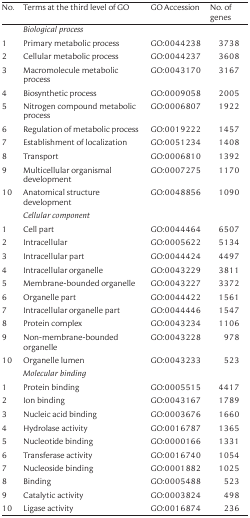
<table><thead><tr><td><b>No.</b></td><td><b>Terms at the third level of GO</b></td><td><b>GO Accession</b></td><td><b>No. of genes</b></td></tr></thead><tbody><tr><td></td><td><i>Biological process</i></td><td></td><td></td></tr><tr><td>1</td><td>Primary metabolic process</td><td>GO:0044238</td><td>3738</td></tr><tr><td>2</td><td>Cellular metabolic process</td><td>GO:0044237</td><td>3608</td></tr><tr><td>3</td><td>Macromolecule metabolic process</td><td>GO:0043170</td><td>3167</td></tr><tr><td>4</td><td>Biosynthetic process</td><td>GO:0009058</td><td>2005</td></tr><tr><td>5</td><td>Nitrogen compound metabolic process</td><td>GO:0006807</td><td>1922</td></tr><tr><td>6</td><td>Regulation of metabolic process</td><td>GO:0019222</td><td>1457</td></tr><tr><td>7</td><td>Establishment of localization</td><td>GO:0051234</td><td>1408</td></tr><tr><td>8</td><td>Transport</td><td>GO:0006810</td><td>1392</td></tr><tr><td>9</td><td>Multicellular organismal development</td><td>GO:0007275</td><td>1170</td></tr><tr><td>10</td><td>Anatomical structure development</td><td>GO:0048856</td><td>1090</td></tr><tr><td></td><td><i>Cellular component</i></td><td></td><td></td></tr><tr><td>1</td><td>Cell part</td><td>GO:0044464</td><td>6507</td></tr><tr><td>2</td><td>Intracellular</td><td>GO:0005622</td><td>5134</td></tr><tr><td>3</td><td>Intracellular part</td><td>GO:0044424</td><td>4497</td></tr><tr><td>4</td><td>Intracellular organelle</td><td>GO:0043229</td><td>3811</td></tr><tr><td>5</td><td>Membrane-bounded organelle</td><td>GO:0043227</td><td>3372</td></tr><tr><td>6</td><td>Organelle part</td><td>GO:0044422</td><td>1561</td></tr><tr><td>7</td><td>Intracellular organelle part</td><td>GO:0044446</td><td>1547</td></tr><tr><td>8</td><td>Protein complex</td><td>GO:0043234</td><td>1106</td></tr><tr><td>9</td><td>Non-membrane-bounded organelle</td><td>GO:0043228</td><td>978</td></tr><tr><td>10</td><td>Organelle lumen</td><td>GO:0043233</td><td>523</td></tr><tr><td></td><td><i>Molecular binding</i></td><td></td><td></td></tr><tr><td>1</td><td>Protein binding</td><td>GO:0005515</td><td>4417</td></tr><tr><td>2</td><td>Ion binding</td><td>GO:0043167</td><td>1789</td></tr><tr><td>3</td><td>Nucleic acid binding</td><td>GO:0003676</td><td>1660</td></tr><tr><td>4</td><td>Hydrolase activity</td><td>GO:0016787</td><td>1365</td></tr><tr><td>5</td><td>Nucleotide binding</td><td>GO:0000166</td><td>1331</td></tr><tr><td>6</td><td>Transferase activity</td><td>GO:0016740</td><td>1054</td></tr><tr><td>7</td><td>Nucleoside binding</td><td>GO:0001882</td><td>1025</td></tr><tr><td>8</td><td>Binding</td><td>GO:0005488</td><td>523</td></tr><tr><td>9</td><td>Catalytic activity</td><td>GO:0003824</td><td>498</td></tr><tr><td>10</td><td>Ligase activity</td><td>GO:0016874</td><td>236</td></tr></tbody></table>